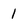
Character: 1